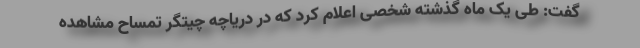
گفت: طی یک ماه گذشته شخصی اعلام کرد که در دریاچه چیتگر تمساح مشاهده